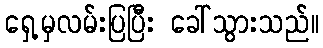
ရှေ့မှလမ်းပြပြီး ခေါ်သွားသည်။